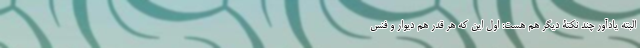
البته یادآور چند نکتۀ دیگر هم هست: اول این که هر قدر هم دیوار و فنس